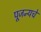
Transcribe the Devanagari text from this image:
पूजन्यचे